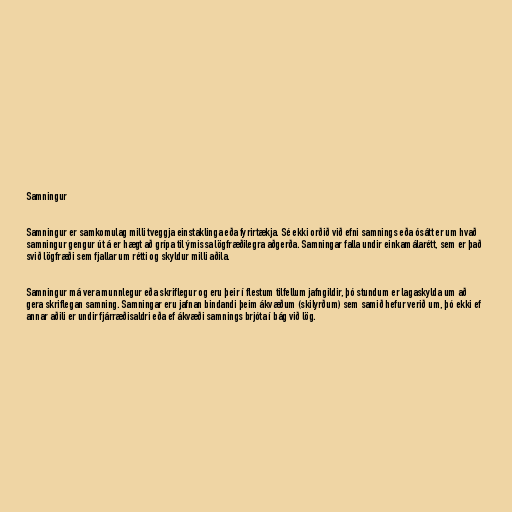
Samningur

Samningur er samkomulag milli tveggja einstaklinga eða fyrirtækja. Sé ekki orðið við efni samnings eða ósátt er um hvað
samningur gengur út á er hægt að grípa til ýmissa lögfræðilegra aðgerða. Samningar falla undir einkamálarétt, sem er það
svið lögfræði sem fjallar um rétti og skyldur milli aðila.

Samningur má vera munnlegur eða skriflegur og eru þeir í flestum tilfellum jafngildir, þó stundum er lagaskylda um að
gera skriflegan samning. Samningar eru jafnan bindandi þeim ákvæðum (skilyrðum) sem samið hefur verið um, þó ekki ef
annar aðili er undir fjárræðisaldri eða ef ákvæði samnings brjóta í bág við lög.